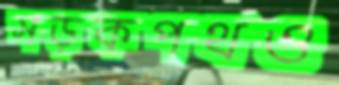
সড়কপথও